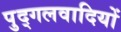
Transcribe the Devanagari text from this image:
पुद्गलवादियों